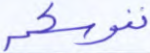
نفوسكم